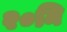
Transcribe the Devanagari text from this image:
२०मि